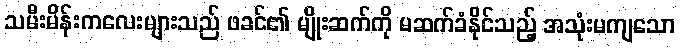
သမီးမိန်းကလေးများသည် ဖခင်၏ မျိုးဆက်ကို မဆက်ခံနိုင်သည့် အသုံးမကျသော